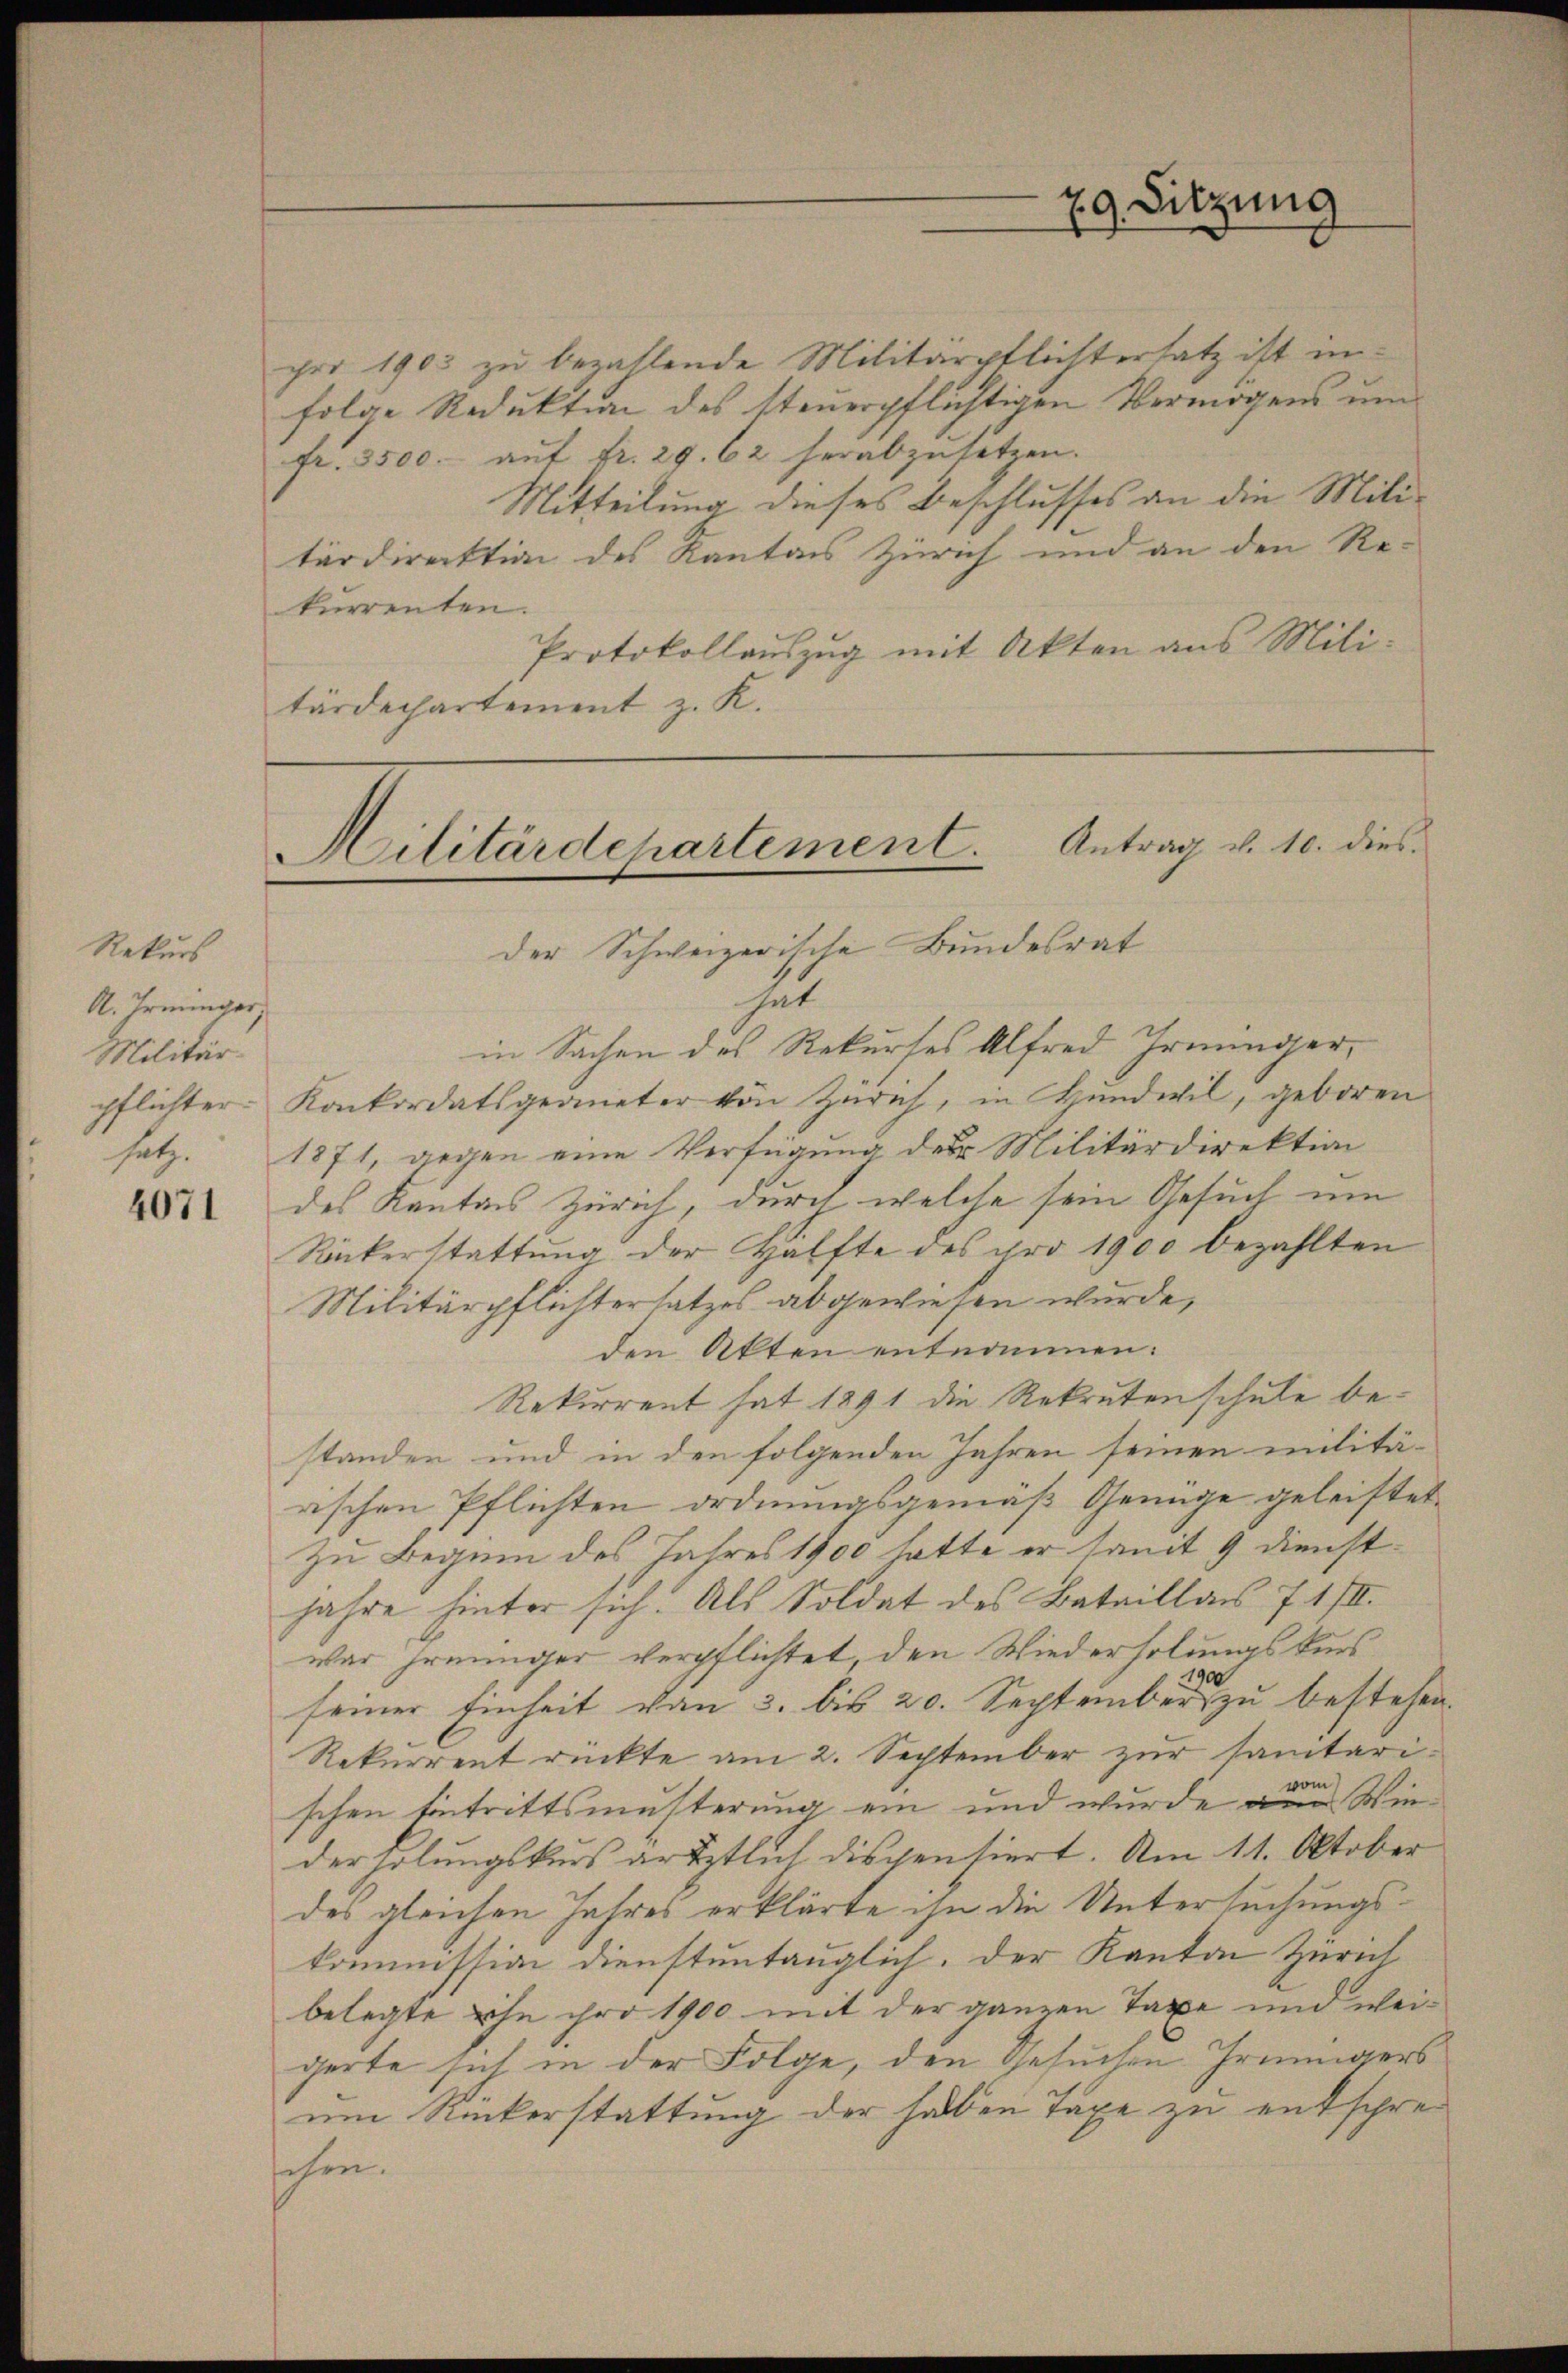
Rekurs
A. Irminger,
Militär-

4071

pro 1903 zu bezahlende Militärpflichtersatz ist infolge Reduktion des steuerpflichtigen Vermögens um
fr. 3500. aŭf fr. 29. 62 herabzusetzen.
Mitteilung dieses Beschlusses an die Mili-
tärdirektion des Kantons Zürich und an den Re-
kurrenten.
Protokollauszug mit Akten aus Militärdechartement z. K.

Militärdepartement. Antrag v. 10. dies
der Schweizerische Bundesrat

hat
in Sachen des Rekurses Alfred Irminger,
pflichter- Konkordatsgeometer von Zürich, in Hŭndwil, geboren
satz. 1871, gegen eine Verfügung der Militärdirektion
des Kanton Zürich, durch welche sein Gesuch um
Rückerstattung der Hälfte des pro 1900 bezahlten
Militärpflichtersatzes abgewiesen wurde,
den Akten entnommen.
Rekurrent hat 1891 die Rekrutenschule bestanden und in den folgenden Jahren seinen militä-
rischen Pflichten ordnungsgemäß Genüge geleistet.
Zu Beginn des Jahres 1900 hatte er somit 9 Dienstjahre hinter sich. Als Soldat des Bataillais 7 1/II.
war reinger verpflichtet, den Wiederholungskurs
seiner Einheit von 3. bis 20. September zu bestehen.
Rekurrent rückte am 2. September zur sanitarischen Eintrittsmusterung ein und wurde in Winderholungskurs artztlich dispensiert. Am 11. Oktober
des gleichen Jahres erklärte ihn die Untersuchungskommission dienstuntauglich. Der Kanton Zürich
belegte ihn pro 1900 mit der ganzen Taxe und weigerte sich in der Folge, den Gesuchen Grüningers
um Rückerstattung der haben Tage zu entschreschen.

29. Sitzung